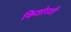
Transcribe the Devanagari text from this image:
किशोरशी